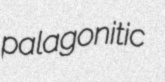
palagonitic